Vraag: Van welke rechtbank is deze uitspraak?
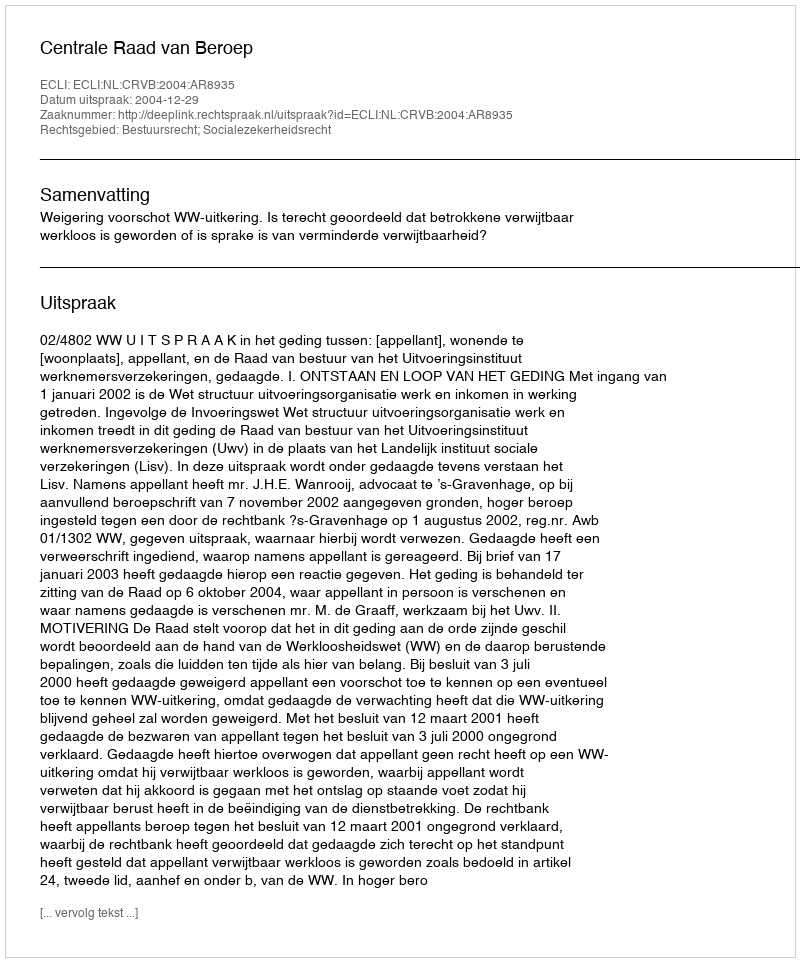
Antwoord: Centrale Raad van Beroep